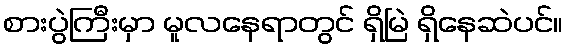
စားပွဲကြီးမှာ မူလနေရာတွင် ရှိမြဲ ရှိနေဆဲပင်။